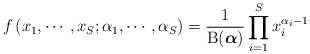
\begin{align*}f \left(x_1,\cdots, x_{S}; \alpha_1,\cdots, \alpha_S \right) = \frac{1}{\mathrm{B}(\boldsymbol\alpha)} \prod_{i=1}^S x_i^{\alpha_i - 1}\end{align*}